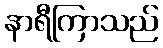
နာရီကြာသည်